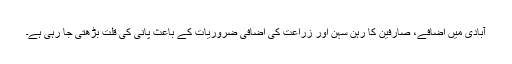
آبادی میں اضافے، صارفین کا رہن سہن اور زراعت کی اضافی ضروریات کے باعث پانی کی قلت بڑھتی جا رہی ہے۔